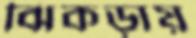
ঝিকড়ায়